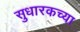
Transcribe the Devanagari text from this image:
सुधारकच्या